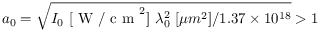
a _ { 0 } = \sqrt { I _ { 0 } \ [ \textrm { W / c m } ^ { 2 } ] \ \lambda _ { 0 } ^ { 2 } \ [ \mu m ^ { 2 } ] / 1 . 3 7 \times 1 0 ^ { 1 8 } } > 1